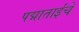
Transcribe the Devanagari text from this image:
पद्माताईंचे